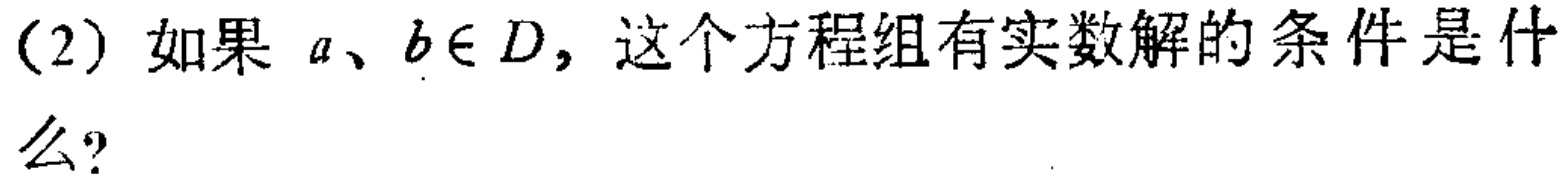
(2) 如果 \(a、b\in D\)，这个方程组有实数解的条件是什么？